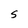
Character: S